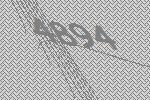
4894